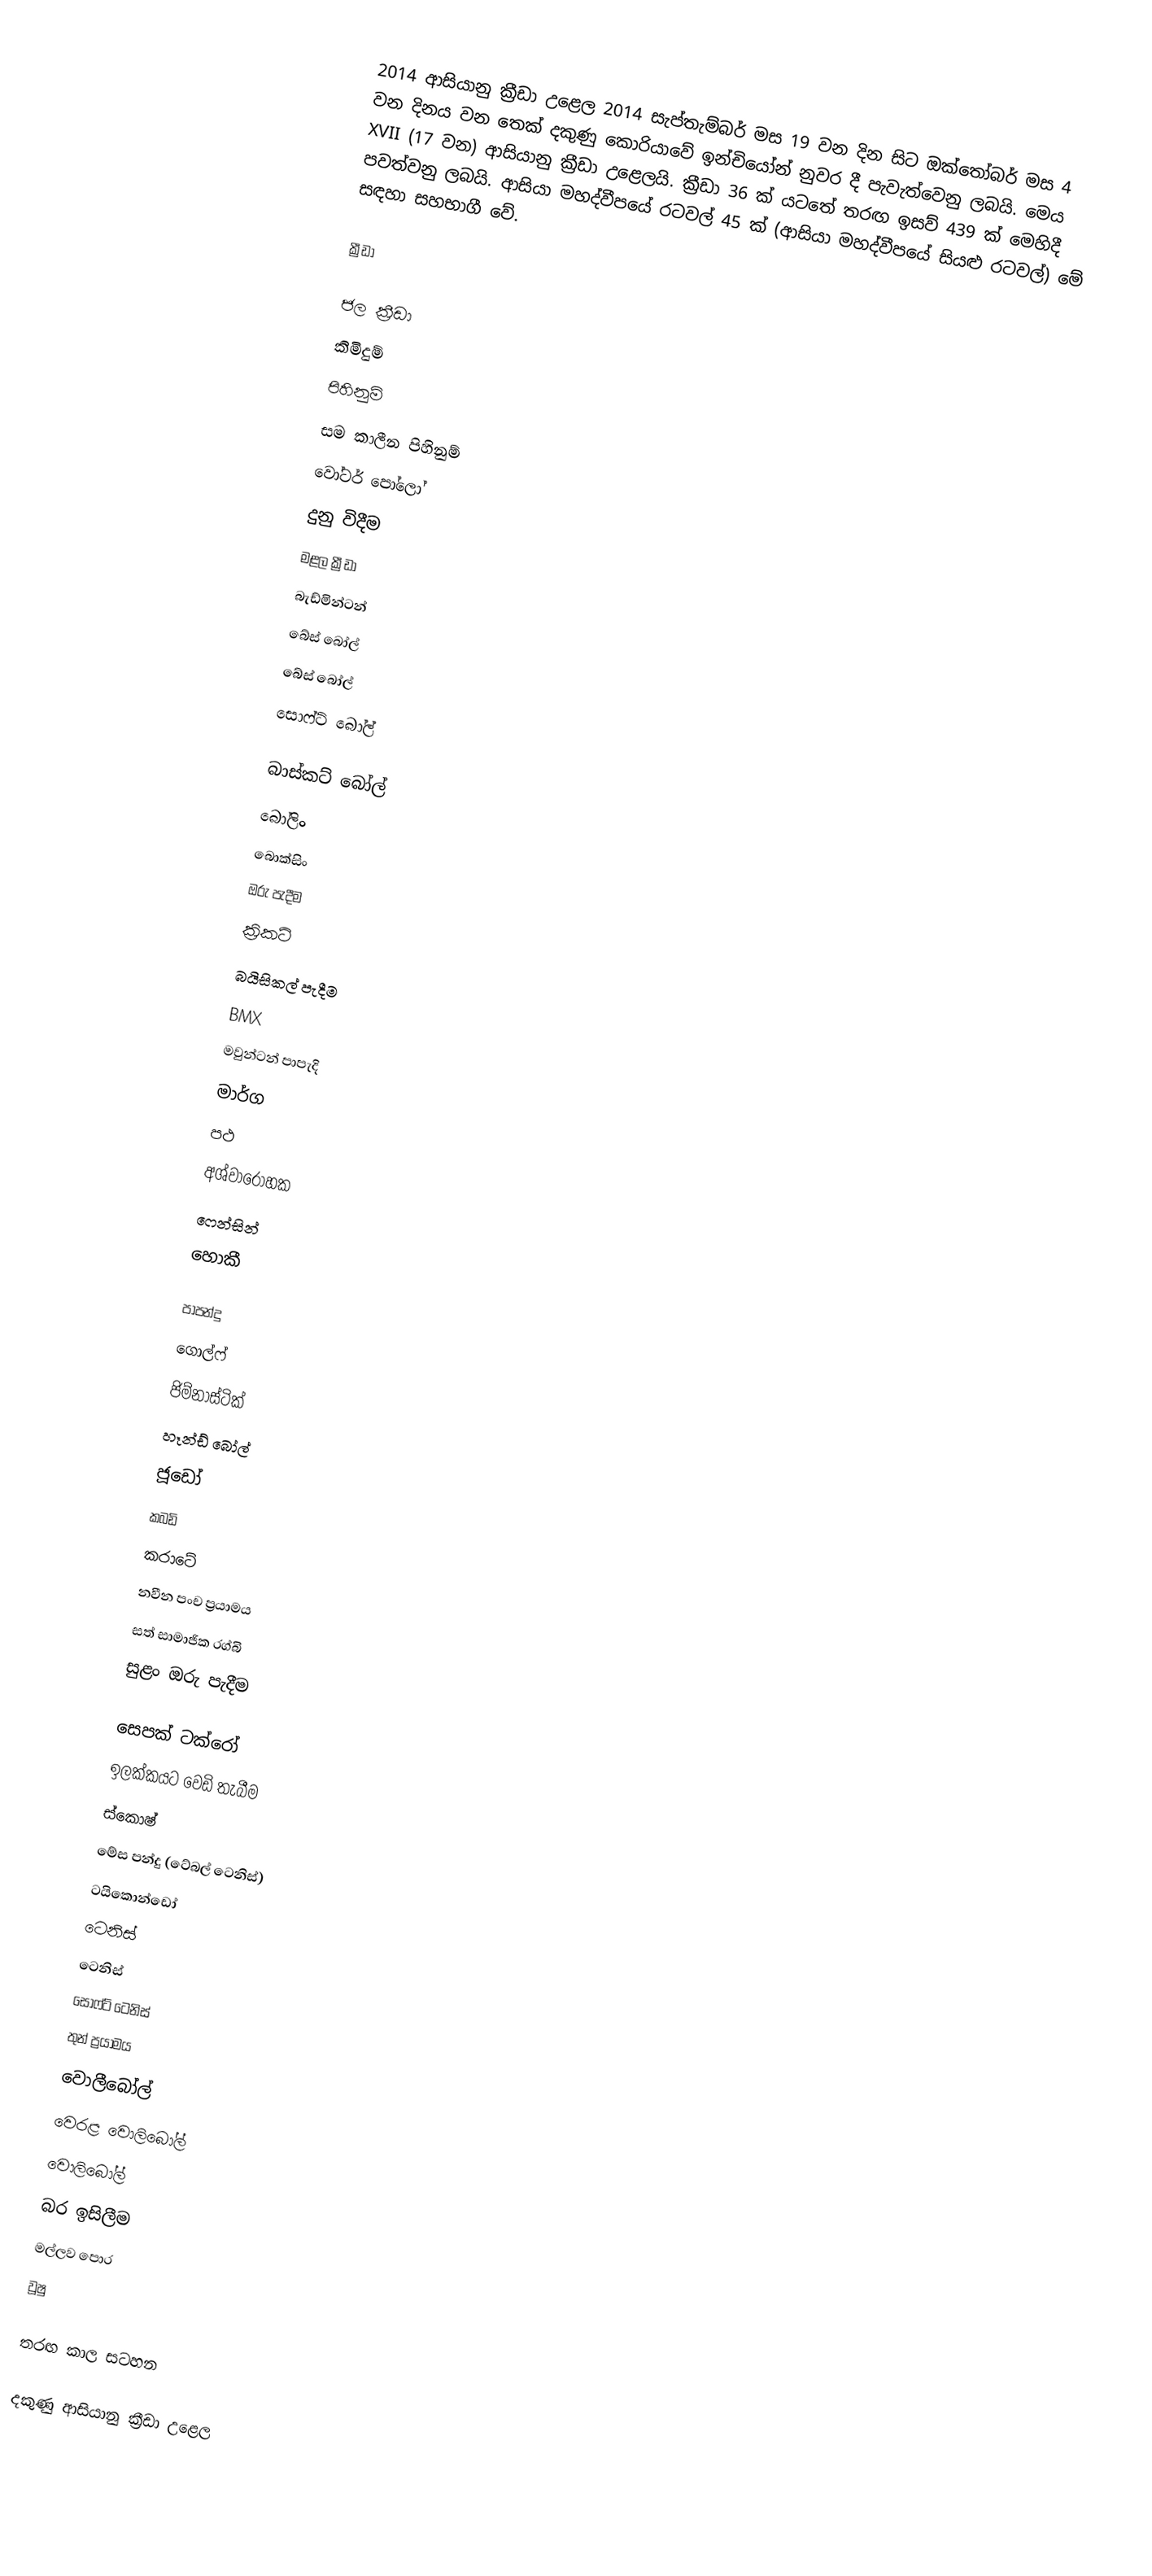
2014 ආසියානු ක්‍රීඩා උළෙල 2014 සැප්තැම්බර් මස 19 වන දින සිට ඔක්තෝබර් මස 4 වන දිනය වන තෙක් දකුණු කොරියාවේ ඉන්චියෝන් නුවර දී පැවැත්වෙනු ලබයි. මෙය XVII (17 වන) ආසියානු ක්‍රීඩා උළෙලයි. ක්‍රීඩා 36 ක් යටතේ තරඟ ඉසව් 439 ක් මෙහිදී පවත්වනු ලබයි. ආසියා මහද්වීපයේ රටවල් 45 ක් (ආසියා මහද්වීපයේ සියළු රටවල්) මේ සඳහා සහභාගී වේ.

ක්‍රීඩා

ජල ක්‍රීඩා
කිමිදුම්
පිහිනුම්
සම කාලීන පිහිනුම්
වෝටර් පෝලෝ
දුනු විදීම
මළල ක්‍රීඩා
බැඩ්මින්ටන්
බේස් බෝල්
බේස් බෝල්
සොෆ්ට් බෝල්

බාස්කට් බෝල්
බෝලිං
බොක්සිං
ඔරු පැදීම
ක්‍රිකට්
බයිසිකල් පැදීම
BMX
මවුන්ටන් පාපැදි
මාර්ග
පථ
අශ්වාරෝහක
ෆෙන්සින්
හොකී

පාපන්දු
ගොල්ෆ්
ජිම්නාස්ටික්
හෑන්ඩ් බෝල්
ජූඩෝ
කබඩි
කරාටේ
නවීන පංච ප්‍රයාමය
සත් සාමාජික රග්බි
සුළං ඔරු පැදීම

සෙපක් ටක්රෝ
ඉලක්කයට වෙඩි තැබීම
ස්කොෂ්
මේස පන්දු (ටේබල් ටෙනිස්)
ටයිකොන්ඩෝ
ටෙනිස්
ටෙනිස්
සොෆ්ට් ටෙනිස්
තුන් ප්‍රයාමය
වොලීබෝල්
වෙරළ වොලිබෝල්
වොලිබෝල්
බර ඉසිලීම
මල්ලව පොර
වූෂු

තරඟ කාල සටහන

දකුණු ආසියානු ක්‍රීඩා උළෙල